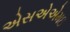
એસએએમઇ